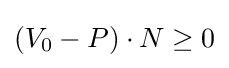
\left(V_{0}-P\right)\cdot N\geq 0